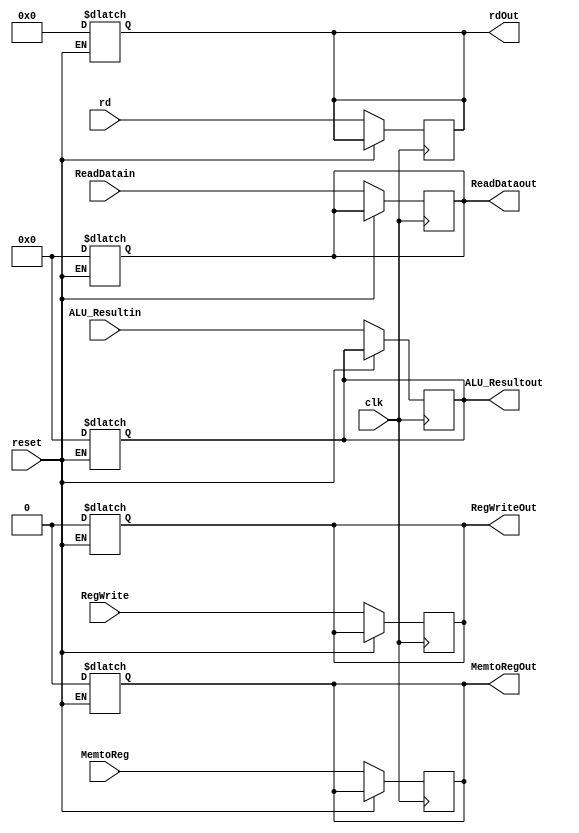
module MEMWB(
    input clk,
    input reset,
    input [63:0] ReadDatain,
    input [63:0] ALU_Resultin,
    input MemtoReg, RegWrite,
    input [4:0] rd,
    output reg [63:0] ReadDataout,
    output reg [63:0] ALU_Resultout,
    output reg [4:0] rdOut,
    output reg MemtoRegOut, RegWriteOut
);

always @(posedge clk)
begin
    if (reset==1'b0)
    begin
    ReadDataout=ReadDatain;
    ALU_Resultout=ALU_Resultin;
    rdOut=rd;
    MemtoRegOut=MemtoReg;
    RegWriteOut=RegWrite;
    end
end
always@(reset)
begin
    if (reset==1'b1)
    begin
    ReadDataout=64'b0;
    ALU_Resultout=64'b0;
    rdOut=5'b0;
    MemtoRegOut=1'b0;
    RegWriteOut=1'b0;
    
    end
end
endmodule